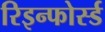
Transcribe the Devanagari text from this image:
रिइन्फोर्स्ड